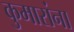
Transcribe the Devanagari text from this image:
कुमारांना